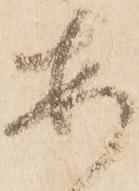
安